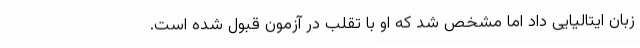
زبان ایتالیایی داد اما مشخص شد که او با تقلب در آزمون قبول شده است.